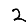
Digit: 2